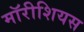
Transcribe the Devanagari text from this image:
मॉरीशियस